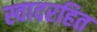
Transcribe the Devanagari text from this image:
स्वादरहित